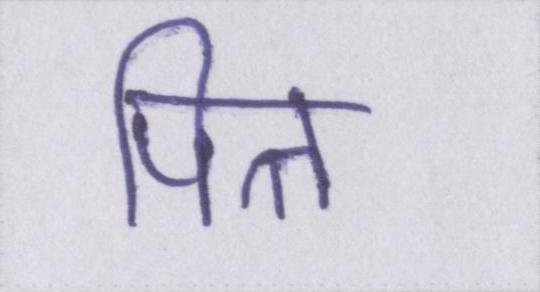
पित्त